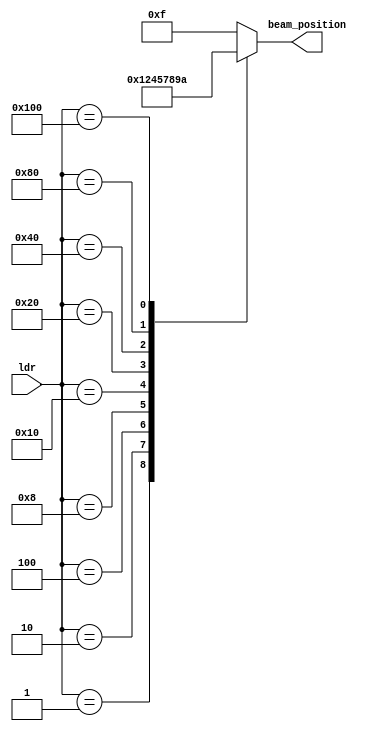
/*
   This file was generated automatically by the Mojo IDE version B1.3.3.
   Do not edit this file directly. Instead edit the original Lucid source.
   This is a temporary file and any changes made to it will be destroyed.
*/

module beam_tracker_1 (
    input [8:0] ldr,
    output reg [3:0] beam_position
  );
  
  
  
  reg [3:0] pos;
  
  always @* begin
    pos = 4'hf;
    
    case (ldr)
      9'h001: begin
        pos = 1'h0;
      end
      9'h002: begin
        pos = 1'h1;
      end
      9'h004: begin
        pos = 2'h2;
      end
      9'h008: begin
        pos = 3'h4;
      end
      9'h010: begin
        pos = 3'h5;
      end
      9'h020: begin
        pos = 3'h7;
      end
      9'h040: begin
        pos = 4'h8;
      end
      9'h080: begin
        pos = 4'h9;
      end
      9'h100: begin
        pos = 4'ha;
      end
    endcase
    beam_position = pos;
  end
endmodule